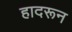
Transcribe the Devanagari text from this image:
हादरून